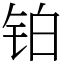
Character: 铂